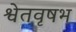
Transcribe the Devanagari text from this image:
श्वेतवृषभ